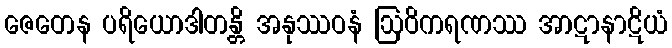
ဇေတေန ပရိယောဒါတန္တိ အနုဿဝနံ ဩဝိကရဏဿ အာဋာနာဋိယံ